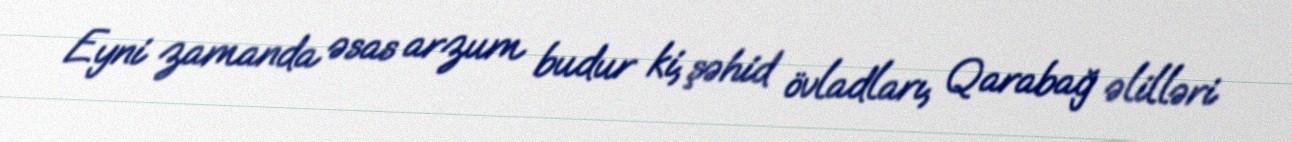
Eyni zamanda əsas arzum budur ki, şəhid övladları, Qarabağ əlilləri